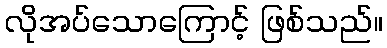
လိုအပ်သောကြောင့် ဖြစ်သည်။